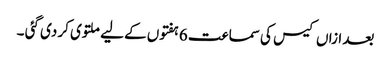
بعد ازاں کیس کی سماعت 6 ہفتوں کے لیے ملتوی کر دی گئی ۔